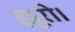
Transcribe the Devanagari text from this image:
झूरो।